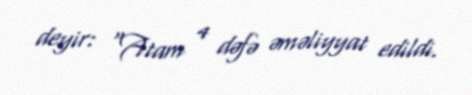
deyir: "Atam 4 dəfə əməliyyat edildi.